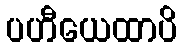
ပဟီယေထာပိ